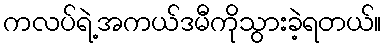
ကလပ်ရဲ့အကယ်ဒမီကိုသွားခဲ့ရတယ်။